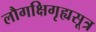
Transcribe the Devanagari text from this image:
लौगक्षिगृह्यसूत्र